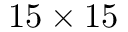
1 5 \times 1 5